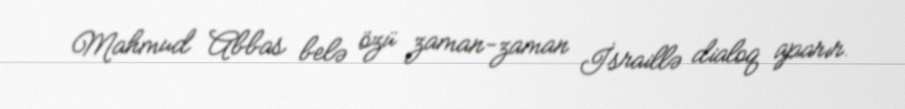
Mahmud Abbas belə özü zaman-zaman İsraillə dialoq aparır.